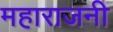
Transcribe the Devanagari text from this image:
महाराजनी